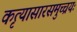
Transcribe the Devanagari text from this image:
कृत्यासारसमुच्चयः